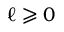
\ell \geqslant 0